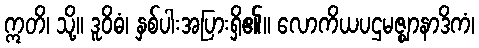
ဣတိ၊ သို့။ ဒူဝိဓံ၊ နှစ်ပါးအပြားရှိ၏။ လောကိယပဌမဇ္ဈာနာဒိကံ၊